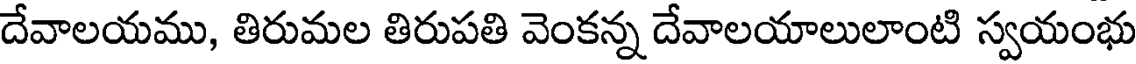
దేవాలయము, తిరుమల తిరుపతి వెంకన్న దేవాలయాలులాంటి స్వయంభు